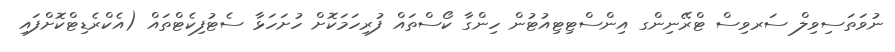
ނުވަތަސިވިލް ސަރވިސް ޓްރޭނިންގ އިންސްޓިޓިއުޓުން ހިންގާ ކޯސްތައް ފުރިހަމަކޮށް ހުށަހަޅާ ސެޓުފިކެޓްތައް (އެކްރެޑިޓްކޮށްފައި